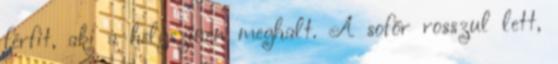
férfit, aki a helyszínen meghalt. A sofőr rosszul lett,